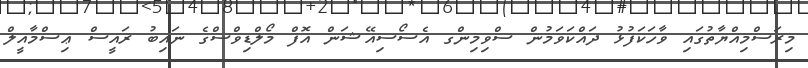
މިރަސްމިއްޔާތުގައި ވާހަކަފުޅު ދައްކަވަމުން ސްވިމިންގ އެސޯސިއޭޝަން އޮފް މޯލްޑިވްސްގެ ނައިބު ރައީސް ޢިސްމާއީލް